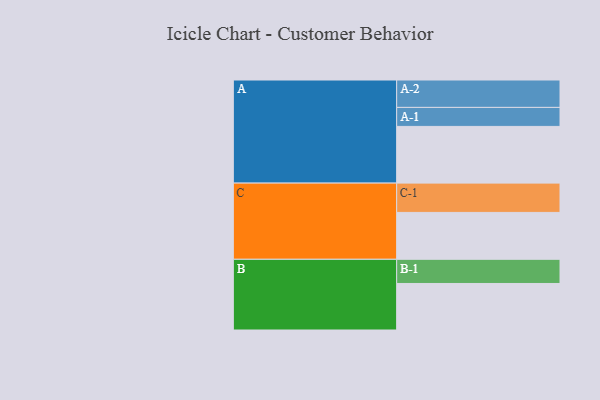
{"axis": {"x": "Segment", "y": "Value"}, "legend": ["", "A", "B", "C"], "data": [{"x": "A", "y": 474, "type": ""}, {"x": "B", "y": 389, "type": ""}, {"x": "C", "y": 392, "type": ""}, {"x": "A-1", "y": 159, "type": "A"}, {"x": "A-2", "y": 229, "type": "A"}, {"x": "B-1", "y": 202, "type": "B"}, {"x": "C-1", "y": 245, "type": "C"}]}